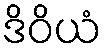
ဒိဝိယံ